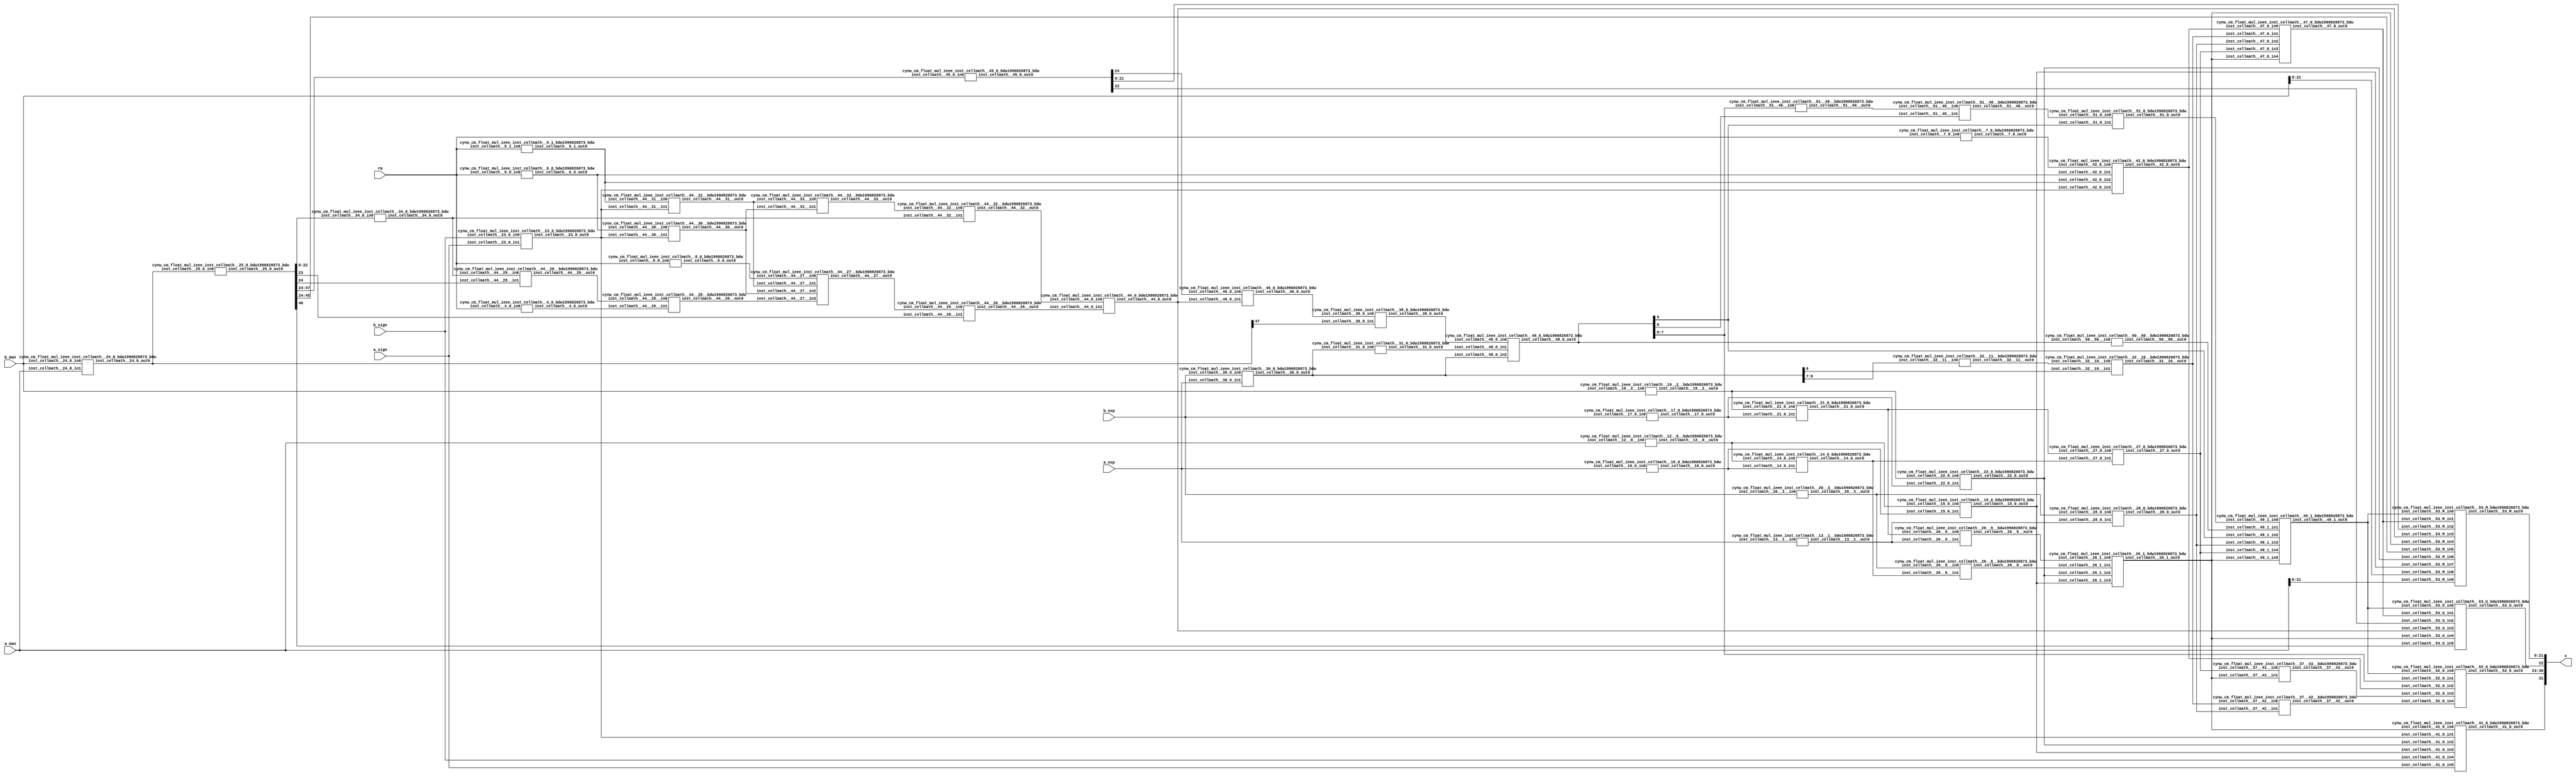
/*****************************************************************************
    Verilog Hierarchical RTL Description
    
    
    Created by: CellMath Designer 2019.1.01 
*******************************************************************************/

module fp_mul_cynw_cm_float_mul_ieee_E8_M23_0 (
	a_sign,
	a_exp,
	a_man,
	b_sign,
	b_exp,
	b_man,
	rm,
	x
	); /* architecture "behavioural" */ 
input  a_sign;
input [7:0] a_exp;
input [22:0] a_man;
input  b_sign;
input [7:0] b_exp;
input [22:0] b_man;
input [2:0] rm;
output [31:0] x;
wire [31:0] inst_cellmath__3;
wire  inst_cellmath__4,
	inst_cellmath__5,
	inst_cellmath__6,
	inst_cellmath__7,
	inst_cellmath__8,
	inst_cellmath__10,
	inst_cellmath__12,
	inst_cellmath__13,
	inst_cellmath__14,
	inst_cellmath__15,
	inst_cellmath__17,
	inst_cellmath__19,
	inst_cellmath__20,
	inst_cellmath__21,
	inst_cellmath__22,
	inst_cellmath__23;
wire [47:0] inst_cellmath__24,
	inst_cellmath__25;
wire  inst_cellmath__26,
	inst_cellmath__27,
	inst_cellmath__28;
wire [9:0] inst_cellmath__30,
	inst_cellmath__31;
wire  inst_cellmath__32,
	inst_cellmath__34,
	inst_cellmath__38,
	inst_cellmath__41,
	inst_cellmath__42,
	inst_cellmath__44;
wire [24:0] inst_cellmath__45;
wire  inst_cellmath__46,
	inst_cellmath__47;
wire [9:0] inst_cellmath__48;
wire  inst_cellmath__49,
	inst_cellmath__51;
wire [7:0] inst_cellmath__52;
wire [22:0] inst_cellmath__53;
wire [23:0] inst_cellmath__24__4,
	inst_cellmath__24__5;
wire [47:0] inst_cellmath__25__7;
wire [0:0] inst_cellmath__26__8,
	inst_cellmath__26__9,
	inst_cellmath__32__11,
	inst_cellmath__44__29,
	inst_cellmath__44__28,
	inst_cellmath__44__30,
	inst_cellmath__44__31,
	inst_cellmath__44__27,
	inst_cellmath__44__26,
	inst_cellmath__44__33,
	inst_cellmath__44__32;
wire [8:0] inst_cellmath__37__40;
wire [0:0] inst_cellmath__37__42,
	inst_cellmath__37__43,
	inst_cellmath__51__49,
	inst_cellmath__51__48,
	inst_cellmath__50__50;
wire [2:0] inst_cellmath__26_0;
wire [1:0] inst_cellmath__5_0;
wire [2:0] inst_cellmath__49_0;
wire [4:0] inst_cellmath__49_1_0;
wire [2:0] inst_cellmath__49_1_1;

assign inst_cellmath__24__4 = {1'B1,a_man};
cynw_cm_float_mul_ieee_inst_cellmath__17_0_bdw1990826873_bdw inst_cellmath__17_0_0(
	.inst_cellmath__17_0_out0(inst_cellmath__17),
	.inst_cellmath__17_0_in0(b_exp)
	) ;
cynw_cm_float_mul_ieee_inst_cellmath__19__2__bdw1990826873_bdw inst_cellmath__19__2__0(
	.inst_cellmath__19__2__out0(inst_cellmath__19),
	.inst_cellmath__19__2__in0(b_man)
	) ;
cynw_cm_float_mul_ieee_inst_cellmath__21_0_bdw1990826873_bdw inst_cellmath__21_0_0(
	.inst_cellmath__21_0_out0(inst_cellmath__21),
	.inst_cellmath__21_0_in0(inst_cellmath__19),
	.inst_cellmath__21_0_in1(inst_cellmath__17)
	) ;
cynw_cm_float_mul_ieee_inst_cellmath__13__1__bdw1990826873_bdw inst_cellmath__13__1__0(
	.inst_cellmath__13__1__out0(inst_cellmath__13),
	.inst_cellmath__13__1__in0(a_exp)
	) ;
cynw_cm_float_mul_ieee_inst_cellmath__26__9__bdw1990826873_bdw inst_cellmath__26__9__0(
	.inst_cellmath__26__9__out0(inst_cellmath__26__9),
	.inst_cellmath__26__9__in0(inst_cellmath__21),
	.inst_cellmath__26__9__in1(inst_cellmath__13)
	) ;
cynw_cm_float_mul_ieee_inst_cellmath__10_0_bdw1990826873_bdw inst_cellmath__10_0_0(
	.inst_cellmath__10_0_out0(inst_cellmath__10),
	.inst_cellmath__10_0_in0(a_exp)
	) ;
cynw_cm_float_mul_ieee_inst_cellmath__12__0__bdw1990826873_bdw inst_cellmath__12__0__0(
	.inst_cellmath__12__0__out0(inst_cellmath__12),
	.inst_cellmath__12__0__in0(a_man)
	) ;
cynw_cm_float_mul_ieee_inst_cellmath__14_0_bdw1990826873_bdw inst_cellmath__14_0_0(
	.inst_cellmath__14_0_out0(inst_cellmath__14),
	.inst_cellmath__14_0_in0(inst_cellmath__12),
	.inst_cellmath__14_0_in1(inst_cellmath__10)
	) ;
cynw_cm_float_mul_ieee_inst_cellmath__20__3__bdw1990826873_bdw inst_cellmath__20__3__0(
	.inst_cellmath__20__3__out0(inst_cellmath__20),
	.inst_cellmath__20__3__in0(b_exp)
	) ;
cynw_cm_float_mul_ieee_inst_cellmath__26__8__bdw1990826873_bdw inst_cellmath__26__8__0(
	.inst_cellmath__26__8__out0(inst_cellmath__26__8),
	.inst_cellmath__26__8__in0(inst_cellmath__20),
	.inst_cellmath__26__8__in1(inst_cellmath__14)
	) ;
cynw_cm_float_mul_ieee_inst_cellmath__15_0_bdw1990826873_bdw inst_cellmath__15_0_0(
	.inst_cellmath__15_0_out0(inst_cellmath__15),
	.inst_cellmath__15_0_in0(inst_cellmath__12),
	.inst_cellmath__15_0_in1(inst_cellmath__10)
	) ;
cynw_cm_float_mul_ieee_inst_cellmath__22_0_bdw1990826873_bdw inst_cellmath__22_0_0(
	.inst_cellmath__22_0_out0(inst_cellmath__22),
	.inst_cellmath__22_0_in0(inst_cellmath__19),
	.inst_cellmath__22_0_in1(inst_cellmath__17)
	) ;
cynw_cm_float_mul_ieee_inst_cellmath__26_1_bdw1990826873_bdw inst_cellmath__26_1_0(
	.inst_cellmath__26_1_out0(inst_cellmath__26),
	.inst_cellmath__26_1_in0(inst_cellmath__26__9),
	.inst_cellmath__26_1_in1(inst_cellmath__26__8),
	.inst_cellmath__26_1_in2(inst_cellmath__22),
	.inst_cellmath__26_1_in3(inst_cellmath__15)
	) ;

assign inst_cellmath__26_0 = {inst_cellmath__26,inst_cellmath__15,inst_cellmath__22};
cynw_cm_float_mul_ieee_inst_cellmath__23_0_bdw1990826873_bdw inst_cellmath__23_0_0(
	.inst_cellmath__23_0_out0(inst_cellmath__23),
	.inst_cellmath__23_0_in0(b_sign),
	.inst_cellmath__23_0_in1(a_sign)
	) ;
cynw_cm_float_mul_ieee_inst_cellmath__41_0_bdw1990826873_bdw inst_cellmath__41_0_0(
	.inst_cellmath__41_0_out0(inst_cellmath__41),
	.inst_cellmath__41_0_in0(inst_cellmath__26),
	.inst_cellmath__41_0_in1(inst_cellmath__23),
	.inst_cellmath__41_0_in2(inst_cellmath__22),
	.inst_cellmath__41_0_in3(inst_cellmath__15),
	.inst_cellmath__41_0_in4(b_sign),
	.inst_cellmath__41_0_in5(a_sign)
	) ;

assign inst_cellmath__24__5 = {1'B1,b_man};
cynw_cm_float_mul_ieee_inst_cellmath__24_0_bdw1990826873_bdw inst_cellmath__24_0_0(
	.inst_cellmath__24_0_out0(inst_cellmath__24),
	.inst_cellmath__24_0_in0(b_man),
	.inst_cellmath__24_0_in1(a_man)
	) ;

assign inst_cellmath__25__7 = {inst_cellmath__24[46:0],1'B0};
cynw_cm_float_mul_ieee_inst_cellmath__25_0_bdw1990826873_bdw inst_cellmath__25_0_0(
	.inst_cellmath__25_0_out0(inst_cellmath__25),
	.inst_cellmath__25_0_in0(inst_cellmath__24)
	) ;
cynw_cm_float_mul_ieee_inst_cellmath__45_0_bdw1990826873_bdw inst_cellmath__45_0_0(
	.inst_cellmath__45_0_out0(inst_cellmath__45),
	.inst_cellmath__45_0_in0(inst_cellmath__25[47:24])
	) ;
cynw_cm_float_mul_ieee_inst_cellmath__5_1_bdw1990826873_bdw inst_cellmath__5_1_0(
	.inst_cellmath__5_1_out0(inst_cellmath__5),
	.inst_cellmath__5_1_in0(rm)
	) ;
cynw_cm_float_mul_ieee_inst_cellmath__44__31__bdw1990826873_bdw inst_cellmath__44__31__0(
	.inst_cellmath__44__31__out0(inst_cellmath__44__31),
	.inst_cellmath__44__31__in0(inst_cellmath__5),
	.inst_cellmath__44__31__in1(inst_cellmath__23)
	) ;
cynw_cm_float_mul_ieee_inst_cellmath__6_0_bdw1990826873_bdw inst_cellmath__6_0_0(
	.inst_cellmath__6_0_out0(inst_cellmath__6),
	.inst_cellmath__6_0_in0(rm)
	) ;
cynw_cm_float_mul_ieee_inst_cellmath__44__30__bdw1990826873_bdw inst_cellmath__44__30__0(
	.inst_cellmath__44__30__out0(inst_cellmath__44__30),
	.inst_cellmath__44__30__in0(inst_cellmath__6),
	.inst_cellmath__44__30__in1(inst_cellmath__23)
	) ;
cynw_cm_float_mul_ieee_inst_cellmath__8_0_bdw1990826873_bdw inst_cellmath__8_0_0(
	.inst_cellmath__8_0_out0(inst_cellmath__8),
	.inst_cellmath__8_0_in0(rm)
	) ;
cynw_cm_float_mul_ieee_inst_cellmath__4_0_bdw1990826873_bdw inst_cellmath__4_0_0(
	.inst_cellmath__4_0_out0(inst_cellmath__4),
	.inst_cellmath__4_0_in0(rm)
	) ;
cynw_cm_float_mul_ieee_inst_cellmath__34_0_bdw1990826873_bdw inst_cellmath__34_0_0(
	.inst_cellmath__34_0_out0(inst_cellmath__34),
	.inst_cellmath__34_0_in0(inst_cellmath__25[22:0])
	) ;
cynw_cm_float_mul_ieee_inst_cellmath__44__29__bdw1990826873_bdw inst_cellmath__44__29__0(
	.inst_cellmath__44__29__out0(inst_cellmath__44__29),
	.inst_cellmath__44__29__in0(inst_cellmath__34),
	.inst_cellmath__44__29__in1(inst_cellmath__25[24])
	) ;
cynw_cm_float_mul_ieee_inst_cellmath__44__28__bdw1990826873_bdw inst_cellmath__44__28__0(
	.inst_cellmath__44__28__out0(inst_cellmath__44__28),
	.inst_cellmath__44__28__in0(inst_cellmath__44__29),
	.inst_cellmath__44__28__in1(inst_cellmath__4)
	) ;
cynw_cm_float_mul_ieee_inst_cellmath__44__27__bdw1990826873_bdw inst_cellmath__44__27__0(
	.inst_cellmath__44__27__out0(inst_cellmath__44__27),
	.inst_cellmath__44__27__in0(inst_cellmath__8),
	.inst_cellmath__44__27__in1(inst_cellmath__44__31),
	.inst_cellmath__44__27__in2(inst_cellmath__44__30),
	.inst_cellmath__44__27__in3(inst_cellmath__44__28)
	) ;
cynw_cm_float_mul_ieee_inst_cellmath__44__26__bdw1990826873_bdw inst_cellmath__44__26__0(
	.inst_cellmath__44__26__out0(inst_cellmath__44__26),
	.inst_cellmath__44__26__in0(inst_cellmath__44__27),
	.inst_cellmath__44__26__in1(inst_cellmath__25[23])
	) ;
cynw_cm_float_mul_ieee_inst_cellmath__44__33__bdw1990826873_bdw inst_cellmath__44__33__0(
	.inst_cellmath__44__33__out0(inst_cellmath__44__33),
	.inst_cellmath__44__33__in0(inst_cellmath__44__31),
	.inst_cellmath__44__33__in1(inst_cellmath__44__30)
	) ;
cynw_cm_float_mul_ieee_inst_cellmath__44__32__bdw1990826873_bdw inst_cellmath__44__32__0(
	.inst_cellmath__44__32__out0(inst_cellmath__44__32),
	.inst_cellmath__44__32__in0(inst_cellmath__44__33),
	.inst_cellmath__44__32__in1(inst_cellmath__34)
	) ;
cynw_cm_float_mul_ieee_inst_cellmath__44_0_bdw1990826873_bdw inst_cellmath__44_0_0(
	.inst_cellmath__44_0_out0(inst_cellmath__44),
	.inst_cellmath__44_0_in0(inst_cellmath__44__32),
	.inst_cellmath__44_0_in1(inst_cellmath__44__26)
	) ;
cynw_cm_float_mul_ieee_inst_cellmath__46_0_bdw1990826873_bdw inst_cellmath__46_0_0(
	.inst_cellmath__46_0_out0(inst_cellmath__46),
	.inst_cellmath__46_0_in0(inst_cellmath__45[24]),
	.inst_cellmath__46_0_in1(inst_cellmath__44)
	) ;
cynw_cm_float_mul_ieee_inst_cellmath__38_0_bdw1990826873_bdw inst_cellmath__38_0_0(
	.inst_cellmath__38_0_out0(inst_cellmath__38),
	.inst_cellmath__38_0_in0(inst_cellmath__46),
	.inst_cellmath__38_0_in1(inst_cellmath__24[47])
	) ;
cynw_cm_float_mul_ieee_inst_cellmath__30_0_bdw1990826873_bdw inst_cellmath__30_0_0(
	.inst_cellmath__30_0_out0(inst_cellmath__30),
	.inst_cellmath__30_0_in0(b_exp),
	.inst_cellmath__30_0_in1(a_exp)
	) ;
cynw_cm_float_mul_ieee_inst_cellmath__31_0_bdw1990826873_bdw inst_cellmath__31_0_0(
	.inst_cellmath__31_0_out0(inst_cellmath__31),
	.inst_cellmath__31_0_in0(inst_cellmath__30)
	) ;
cynw_cm_float_mul_ieee_inst_cellmath__48_0_bdw1990826873_bdw inst_cellmath__48_0_0(
	.inst_cellmath__48_0_out0(inst_cellmath__48),
	.inst_cellmath__48_0_in0(inst_cellmath__38),
	.inst_cellmath__48_0_in1(inst_cellmath__31),
	.inst_cellmath__48_0_in2(inst_cellmath__30)
	) ;
cynw_cm_float_mul_ieee_inst_cellmath__51__49__bdw1990826873_bdw inst_cellmath__51__49__0(
	.inst_cellmath__51__49__out0(inst_cellmath__51__49),
	.inst_cellmath__51__49__in0(inst_cellmath__48[7:0])
	) ;
cynw_cm_float_mul_ieee_inst_cellmath__51__48__bdw1990826873_bdw inst_cellmath__51__48__0(
	.inst_cellmath__51__48__out0(inst_cellmath__51__48),
	.inst_cellmath__51__48__in0(inst_cellmath__51__49),
	.inst_cellmath__51__48__in1(inst_cellmath__48[8])
	) ;
cynw_cm_float_mul_ieee_inst_cellmath__51_0_bdw1990826873_bdw inst_cellmath__51_0_0(
	.inst_cellmath__51_0_out0(inst_cellmath__51),
	.inst_cellmath__51_0_in0(inst_cellmath__51__48),
	.inst_cellmath__51_0_in1(inst_cellmath__48[9])
	) ;
cynw_cm_float_mul_ieee_inst_cellmath__28_0_bdw1990826873_bdw inst_cellmath__28_0_0(
	.inst_cellmath__28_0_out0(inst_cellmath__28),
	.inst_cellmath__28_0_in0(inst_cellmath__20),
	.inst_cellmath__28_0_in1(inst_cellmath__13)
	) ;
cynw_cm_float_mul_ieee_inst_cellmath__27_0_bdw1990826873_bdw inst_cellmath__27_0_0(
	.inst_cellmath__27_0_out0(inst_cellmath__27),
	.inst_cellmath__27_0_in0(inst_cellmath__21),
	.inst_cellmath__27_0_in1(inst_cellmath__14)
	) ;
cynw_cm_float_mul_ieee_inst_cellmath__50__50__bdw1990826873_bdw inst_cellmath__50__50__0(
	.inst_cellmath__50__50__out0(inst_cellmath__50__50),
	.inst_cellmath__50__50__in0(inst_cellmath__48)
	) ;
cynw_cm_float_mul_ieee_inst_cellmath__49_1_bdw1990826873_bdw inst_cellmath__49_1_2(
	.inst_cellmath__49_1_out0(inst_cellmath__49),
	.inst_cellmath__49_1_in0(inst_cellmath__51),
	.inst_cellmath__49_1_in1(inst_cellmath__50__50),
	.inst_cellmath__49_1_in2(inst_cellmath__48[9]),
	.inst_cellmath__49_1_in3(inst_cellmath__28),
	.inst_cellmath__49_1_in4(inst_cellmath__27),
	.inst_cellmath__49_1_in5(inst_cellmath__26)
	) ;
cynw_cm_float_mul_ieee_inst_cellmath__37__43__bdw1990826873_bdw inst_cellmath__37__43__0(
	.inst_cellmath__37__43__out0(inst_cellmath__37__43),
	.inst_cellmath__37__43__in0(inst_cellmath__27),
	.inst_cellmath__37__43__in1(inst_cellmath__26)
	) ;
cynw_cm_float_mul_ieee_inst_cellmath__32__11__bdw1990826873_bdw inst_cellmath__32__11__0(
	.inst_cellmath__32__11__out0(inst_cellmath__32__11),
	.inst_cellmath__32__11__in0(inst_cellmath__30[8:7])
	) ;
cynw_cm_float_mul_ieee_inst_cellmath__32__10__bdw1990826873_bdw inst_cellmath__32__10__0(
	.inst_cellmath__32__10__out0(inst_cellmath__32),
	.inst_cellmath__32__10__in0(inst_cellmath__32__11),
	.inst_cellmath__32__10__in1(inst_cellmath__30[9])
	) ;
cynw_cm_float_mul_ieee_inst_cellmath__37__42__bdw1990826873_bdw inst_cellmath__37__42__0(
	.inst_cellmath__37__42__out0(inst_cellmath__37__42),
	.inst_cellmath__37__42__in0(inst_cellmath__32),
	.inst_cellmath__37__42__in1(inst_cellmath__28)
	) ;

assign inst_cellmath__49_0 = {inst_cellmath__49,inst_cellmath__37__43,inst_cellmath__37__42};

assign inst_cellmath__5_0 = {inst_cellmath__5,inst_cellmath__6};
cynw_cm_float_mul_ieee_inst_cellmath__7_0_bdw1990826873_bdw inst_cellmath__7_0_0(
	.inst_cellmath__7_0_out0(inst_cellmath__7),
	.inst_cellmath__7_0_in0(rm)
	) ;
cynw_cm_float_mul_ieee_inst_cellmath__42_0_bdw1990826873_bdw inst_cellmath__42_0_0(
	.inst_cellmath__42_0_out0(inst_cellmath__42),
	.inst_cellmath__42_0_in0(inst_cellmath__7),
	.inst_cellmath__42_0_in1(inst_cellmath__6),
	.inst_cellmath__42_0_in2(inst_cellmath__5),
	.inst_cellmath__42_0_in3(inst_cellmath__23)
	) ;

assign inst_cellmath__37__40[7:0] = {7'B1111111,inst_cellmath__42};
cynw_cm_float_mul_ieee_inst_cellmath__52_0_bdw1990826873_bdw inst_cellmath__52_0_0(
	.inst_cellmath__52_0_out0(inst_cellmath__52),
	.inst_cellmath__52_0_in0(inst_cellmath__49),
	.inst_cellmath__52_0_in1(inst_cellmath__48[7:0]),
	.inst_cellmath__52_0_in2(inst_cellmath__42),
	.inst_cellmath__52_0_in3(inst_cellmath__37__43),
	.inst_cellmath__52_0_in4(inst_cellmath__37__42)
	) ;

assign inst_cellmath__49_1_1 = {inst_cellmath__49,inst_cellmath__44,inst_cellmath__26};
cynw_cm_float_mul_ieee_inst_cellmath__47_0_bdw1990826873_bdw inst_cellmath__47_0_0(
	.inst_cellmath__47_0_out0(inst_cellmath__47),
	.inst_cellmath__47_0_in0(inst_cellmath__42),
	.inst_cellmath__47_0_in1(inst_cellmath__32),
	.inst_cellmath__47_0_in2(inst_cellmath__28),
	.inst_cellmath__47_0_in3(inst_cellmath__27),
	.inst_cellmath__47_0_in4(inst_cellmath__26)
	) ;
cynw_cm_float_mul_ieee_inst_cellmath__53_U_bdw1990826873_bdw inst_cellmath__53_U_0(
	.inst_cellmath__53_U_out0(inst_cellmath__53[22]),
	.inst_cellmath__53_U_in0(inst_cellmath__49),
	.inst_cellmath__53_U_in1(inst_cellmath__47),
	.inst_cellmath__53_U_in2(inst_cellmath__45[22]),
	.inst_cellmath__53_U_in3(inst_cellmath__44),
	.inst_cellmath__53_U_in4(inst_cellmath__26),
	.inst_cellmath__53_U_in5(inst_cellmath__25[46])
	) ;

assign inst_cellmath__49_1_0 = {inst_cellmath__49,inst_cellmath__44,inst_cellmath__26,inst_cellmath__15,inst_cellmath__22};
cynw_cm_float_mul_ieee_inst_cellmath__53_M_bdw1990826873_bdw inst_cellmath__53_M_0(
	.inst_cellmath__53_M_out0(inst_cellmath__53[21:0]),
	.inst_cellmath__53_M_in0(inst_cellmath__49),
	.inst_cellmath__53_M_in1(inst_cellmath__47),
	.inst_cellmath__53_M_in2(inst_cellmath__45[21:0]),
	.inst_cellmath__53_M_in3(inst_cellmath__44),
	.inst_cellmath__53_M_in4(inst_cellmath__26),
	.inst_cellmath__53_M_in5(inst_cellmath__25[45:24]),
	.inst_cellmath__53_M_in6(inst_cellmath__22),
	.inst_cellmath__53_M_in7(inst_cellmath__15),
	.inst_cellmath__53_M_in8(b_man[21:0]),
	.inst_cellmath__53_M_in9(a_man[21:0])
	) ;

assign inst_cellmath__3 = {inst_cellmath__41,inst_cellmath__52,inst_cellmath__53};

assign x = inst_cellmath__3;
endmodule

module cynw_cm_float_mul_ieee_inst_cellmath__17_0_bdw1990826873_bdw (
	inst_cellmath__17_0_out0,
	inst_cellmath__17_0_in0
	); /* architecture "behavioural" */ 
output  inst_cellmath__17_0_out0;
input [7:0] inst_cellmath__17_0_in0;

assign inst_cellmath__17_0_out0 = 
	(inst_cellmath__17_0_in0[0])
	&(inst_cellmath__17_0_in0[1])
	&(inst_cellmath__17_0_in0[2])
	&(inst_cellmath__17_0_in0[3])
	&(inst_cellmath__17_0_in0[4])
	&(inst_cellmath__17_0_in0[5])
	&(inst_cellmath__17_0_in0[6])
	&(inst_cellmath__17_0_in0[7]);
endmodule

module cynw_cm_float_mul_ieee_inst_cellmath__19__2__bdw1990826873_bdw (
	inst_cellmath__19__2__out0,
	inst_cellmath__19__2__in0
	); /* architecture "behavioural" */ 
output  inst_cellmath__19__2__out0;
input [22:0] inst_cellmath__19__2__in0;

assign inst_cellmath__19__2__out0 = ~(
	(inst_cellmath__19__2__in0[0])
	|(inst_cellmath__19__2__in0[1])
	|(inst_cellmath__19__2__in0[2])
	|(inst_cellmath__19__2__in0[3])
	|(inst_cellmath__19__2__in0[4])
	|(inst_cellmath__19__2__in0[5])
	|(inst_cellmath__19__2__in0[6])
	|(inst_cellmath__19__2__in0[7])
	|(inst_cellmath__19__2__in0[8])
	|(inst_cellmath__19__2__in0[9])
	|(inst_cellmath__19__2__in0[10])
	|(inst_cellmath__19__2__in0[11])
	|(inst_cellmath__19__2__in0[12])
	|(inst_cellmath__19__2__in0[13])
	|(inst_cellmath__19__2__in0[14])
	|(inst_cellmath__19__2__in0[15])
	|(inst_cellmath__19__2__in0[16])
	|(inst_cellmath__19__2__in0[17])
	|(inst_cellmath__19__2__in0[18])
	|(inst_cellmath__19__2__in0[19])
	|(inst_cellmath__19__2__in0[20])
	|(inst_cellmath__19__2__in0[21])
	|(inst_cellmath__19__2__in0[22]));
endmodule

module cynw_cm_float_mul_ieee_inst_cellmath__21_0_bdw1990826873_bdw (
	inst_cellmath__21_0_out0,
	inst_cellmath__21_0_in0,
	inst_cellmath__21_0_in1
	); /* architecture "behavioural" */ 
output  inst_cellmath__21_0_out0;
input  inst_cellmath__21_0_in0,
	inst_cellmath__21_0_in1;

assign inst_cellmath__21_0_out0 = 
	(inst_cellmath__21_0_in1)
	&(inst_cellmath__21_0_in0);
endmodule

module cynw_cm_float_mul_ieee_inst_cellmath__13__1__bdw1990826873_bdw (
	inst_cellmath__13__1__out0,
	inst_cellmath__13__1__in0
	); /* architecture "behavioural" */ 
output  inst_cellmath__13__1__out0;
input [7:0] inst_cellmath__13__1__in0;

assign inst_cellmath__13__1__out0 = ~(
	(inst_cellmath__13__1__in0[0])
	|(inst_cellmath__13__1__in0[1])
	|(inst_cellmath__13__1__in0[2])
	|(inst_cellmath__13__1__in0[3])
	|(inst_cellmath__13__1__in0[4])
	|(inst_cellmath__13__1__in0[5])
	|(inst_cellmath__13__1__in0[6])
	|(inst_cellmath__13__1__in0[7]));
endmodule

module cynw_cm_float_mul_ieee_inst_cellmath__26__9__bdw1990826873_bdw (
	inst_cellmath__26__9__out0,
	inst_cellmath__26__9__in0,
	inst_cellmath__26__9__in1
	); /* architecture "behavioural" */ 
output [0:0] inst_cellmath__26__9__out0;
input  inst_cellmath__26__9__in0,
	inst_cellmath__26__9__in1;

assign inst_cellmath__26__9__out0 = 
	(inst_cellmath__26__9__in0)
	&(inst_cellmath__26__9__in1);
endmodule

module cynw_cm_float_mul_ieee_inst_cellmath__10_0_bdw1990826873_bdw (
	inst_cellmath__10_0_out0,
	inst_cellmath__10_0_in0
	); /* architecture "behavioural" */ 
output  inst_cellmath__10_0_out0;
input [7:0] inst_cellmath__10_0_in0;

assign inst_cellmath__10_0_out0 = 
	(inst_cellmath__10_0_in0[0])
	&(inst_cellmath__10_0_in0[1])
	&(inst_cellmath__10_0_in0[2])
	&(inst_cellmath__10_0_in0[3])
	&(inst_cellmath__10_0_in0[4])
	&(inst_cellmath__10_0_in0[5])
	&(inst_cellmath__10_0_in0[6])
	&(inst_cellmath__10_0_in0[7]);
endmodule

module cynw_cm_float_mul_ieee_inst_cellmath__12__0__bdw1990826873_bdw (
	inst_cellmath__12__0__out0,
	inst_cellmath__12__0__in0
	); /* architecture "behavioural" */ 
output  inst_cellmath__12__0__out0;
input [22:0] inst_cellmath__12__0__in0;

assign inst_cellmath__12__0__out0 = ~(
	(inst_cellmath__12__0__in0[0])
	|(inst_cellmath__12__0__in0[1])
	|(inst_cellmath__12__0__in0[2])
	|(inst_cellmath__12__0__in0[3])
	|(inst_cellmath__12__0__in0[4])
	|(inst_cellmath__12__0__in0[5])
	|(inst_cellmath__12__0__in0[6])
	|(inst_cellmath__12__0__in0[7])
	|(inst_cellmath__12__0__in0[8])
	|(inst_cellmath__12__0__in0[9])
	|(inst_cellmath__12__0__in0[10])
	|(inst_cellmath__12__0__in0[11])
	|(inst_cellmath__12__0__in0[12])
	|(inst_cellmath__12__0__in0[13])
	|(inst_cellmath__12__0__in0[14])
	|(inst_cellmath__12__0__in0[15])
	|(inst_cellmath__12__0__in0[16])
	|(inst_cellmath__12__0__in0[17])
	|(inst_cellmath__12__0__in0[18])
	|(inst_cellmath__12__0__in0[19])
	|(inst_cellmath__12__0__in0[20])
	|(inst_cellmath__12__0__in0[21])
	|(inst_cellmath__12__0__in0[22]));
endmodule

module cynw_cm_float_mul_ieee_inst_cellmath__14_0_bdw1990826873_bdw (
	inst_cellmath__14_0_out0,
	inst_cellmath__14_0_in0,
	inst_cellmath__14_0_in1
	); /* architecture "behavioural" */ 
output  inst_cellmath__14_0_out0;
input  inst_cellmath__14_0_in0,
	inst_cellmath__14_0_in1;

assign inst_cellmath__14_0_out0 = 
	(inst_cellmath__14_0_in1)
	&(inst_cellmath__14_0_in0);
endmodule

module cynw_cm_float_mul_ieee_inst_cellmath__20__3__bdw1990826873_bdw (
	inst_cellmath__20__3__out0,
	inst_cellmath__20__3__in0
	); /* architecture "behavioural" */ 
output  inst_cellmath__20__3__out0;
input [7:0] inst_cellmath__20__3__in0;

assign inst_cellmath__20__3__out0 = ~(
	(inst_cellmath__20__3__in0[0])
	|(inst_cellmath__20__3__in0[1])
	|(inst_cellmath__20__3__in0[2])
	|(inst_cellmath__20__3__in0[3])
	|(inst_cellmath__20__3__in0[4])
	|(inst_cellmath__20__3__in0[5])
	|(inst_cellmath__20__3__in0[6])
	|(inst_cellmath__20__3__in0[7]));
endmodule

module cynw_cm_float_mul_ieee_inst_cellmath__26__8__bdw1990826873_bdw (
	inst_cellmath__26__8__out0,
	inst_cellmath__26__8__in0,
	inst_cellmath__26__8__in1
	); /* architecture "behavioural" */ 
output [0:0] inst_cellmath__26__8__out0;
input  inst_cellmath__26__8__in0,
	inst_cellmath__26__8__in1;

assign inst_cellmath__26__8__out0 = 
	(inst_cellmath__26__8__in1)
	&(inst_cellmath__26__8__in0);
endmodule

module cynw_cm_float_mul_ieee_inst_cellmath__15_0_bdw1990826873_bdw (
	inst_cellmath__15_0_out0,
	inst_cellmath__15_0_in0,
	inst_cellmath__15_0_in1
	); /* architecture "behavioural" */ 
output  inst_cellmath__15_0_out0;
input  inst_cellmath__15_0_in0,
	inst_cellmath__15_0_in1;

assign inst_cellmath__15_0_out0 = 
	(inst_cellmath__15_0_in1)
	&((~inst_cellmath__15_0_in0));
endmodule

module cynw_cm_float_mul_ieee_inst_cellmath__22_0_bdw1990826873_bdw (
	inst_cellmath__22_0_out0,
	inst_cellmath__22_0_in0,
	inst_cellmath__22_0_in1
	); /* architecture "behavioural" */ 
output  inst_cellmath__22_0_out0;
input  inst_cellmath__22_0_in0,
	inst_cellmath__22_0_in1;

assign inst_cellmath__22_0_out0 = 
	(inst_cellmath__22_0_in1)
	&((~inst_cellmath__22_0_in0));
endmodule

module cynw_cm_float_mul_ieee_inst_cellmath__26_1_bdw1990826873_bdw (
	inst_cellmath__26_1_out0,
	inst_cellmath__26_1_in0,
	inst_cellmath__26_1_in1,
	inst_cellmath__26_1_in2,
	inst_cellmath__26_1_in3
	); /* architecture "behavioural" */ 
output  inst_cellmath__26_1_out0;
input [0:0] inst_cellmath__26_1_in0,
	inst_cellmath__26_1_in1;
input  inst_cellmath__26_1_in2,
	inst_cellmath__26_1_in3;

assign inst_cellmath__26_1_out0 = 
	(inst_cellmath__26_1_in0)
	|(inst_cellmath__26_1_in1)
	|(inst_cellmath__26_1_in3)
	|(inst_cellmath__26_1_in2);
endmodule

module cynw_cm_float_mul_ieee_inst_cellmath__23_0_bdw1990826873_bdw (
	inst_cellmath__23_0_out0,
	inst_cellmath__23_0_in0,
	inst_cellmath__23_0_in1
	); /* architecture "behavioural" */ 
output  inst_cellmath__23_0_out0;
input  inst_cellmath__23_0_in0,
	inst_cellmath__23_0_in1;

assign inst_cellmath__23_0_out0 = 
	(inst_cellmath__23_0_in1)
	^(inst_cellmath__23_0_in0);
endmodule

module cynw_cm_float_mul_ieee_inst_cellmath__41_0_bdw1990826873_bdw (
	inst_cellmath__41_0_out0,
	inst_cellmath__41_0_in0,
	inst_cellmath__41_0_in1,
	inst_cellmath__41_0_in2,
	inst_cellmath__41_0_in3,
	inst_cellmath__41_0_in4,
	inst_cellmath__41_0_in5
	); /* architecture "behavioural" */ 
output  inst_cellmath__41_0_out0;
input  inst_cellmath__41_0_in0,
	inst_cellmath__41_0_in1,
	inst_cellmath__41_0_in2,
	inst_cellmath__41_0_in3,
	inst_cellmath__41_0_in4,
	inst_cellmath__41_0_in5;
wire [2:0] inst_cellmath__26_0;

assign inst_cellmath__26_0 = {inst_cellmath__41_0_in0,inst_cellmath__41_0_in3,inst_cellmath__41_0_in2};

reg [0:0] inst_cellmath__41_0_out0_tmp_0;
assign inst_cellmath__41_0_out0 = inst_cellmath__41_0_out0_tmp_0;
always @ (inst_cellmath__26_0 or inst_cellmath__41_0_in1 or inst_cellmath__41_0_in4 or inst_cellmath__41_0_in5) begin
	casez (inst_cellmath__26_0)
		3'B0?? : inst_cellmath__41_0_out0_tmp_0 = inst_cellmath__41_0_in1 ;
		3'B100 : inst_cellmath__41_0_out0_tmp_0 = 1'B1 ;
		3'B101 : inst_cellmath__41_0_out0_tmp_0 = inst_cellmath__41_0_in4 ;
		default : inst_cellmath__41_0_out0_tmp_0 = inst_cellmath__41_0_in5 ;
	endcase
end
endmodule

module cynw_cm_float_mul_ieee_inst_cellmath__24_0_bdw1990826873_bdw (
	inst_cellmath__24_0_out0,
	inst_cellmath__24_0_in0,
	inst_cellmath__24_0_in1
	); /* architecture "behavioural" */ 
output [47:0] inst_cellmath__24_0_out0;
input [22:0] inst_cellmath__24_0_in0,
	inst_cellmath__24_0_in1;
wire [23:0] inst_cellmath__24__4,
	inst_cellmath__24__5;

assign inst_cellmath__24__4 = {1'B1,inst_cellmath__24_0_in1};

assign inst_cellmath__24__5 = {1'B1,inst_cellmath__24_0_in0};

assign inst_cellmath__24_0_out0 = 
	+(inst_cellmath__24__4 * inst_cellmath__24__5);
endmodule

module cynw_cm_float_mul_ieee_inst_cellmath__25_0_bdw1990826873_bdw (
	inst_cellmath__25_0_out0,
	inst_cellmath__25_0_in0
	); /* architecture "behavioural" */ 
output [47:0] inst_cellmath__25_0_out0;
input [47:0] inst_cellmath__25_0_in0;
wire [47:0] inst_cellmath__25__7;

assign inst_cellmath__25__7 = {inst_cellmath__25_0_in0[46:0],1'B0};

reg [47:0] inst_cellmath__25_0_out0_tmp_0;
assign inst_cellmath__25_0_out0 = inst_cellmath__25_0_out0_tmp_0;
always @ (inst_cellmath__25_0_in0[47] or inst_cellmath__25__7 or inst_cellmath__25_0_in0) begin
	case (inst_cellmath__25_0_in0[47])
		1'B0 : inst_cellmath__25_0_out0_tmp_0 = inst_cellmath__25__7 ;
		default : inst_cellmath__25_0_out0_tmp_0 = inst_cellmath__25_0_in0 ;
	endcase
end
endmodule

module cynw_cm_float_mul_ieee_inst_cellmath__45_0_bdw1990826873_bdw (
	inst_cellmath__45_0_out0,
	inst_cellmath__45_0_in0
	); /* architecture "behavioural" */ 
output [24:0] inst_cellmath__45_0_out0;
input [47:24] inst_cellmath__45_0_in0;

assign inst_cellmath__45_0_out0 = 
	+(inst_cellmath__45_0_in0)
	+(25'B0000000000000000000000001);
endmodule

module cynw_cm_float_mul_ieee_inst_cellmath__5_1_bdw1990826873_bdw (
	inst_cellmath__5_1_out0,
	inst_cellmath__5_1_in0
	); /* architecture "behavioural" */ 
output  inst_cellmath__5_1_out0;
input [2:0] inst_cellmath__5_1_in0;

assign inst_cellmath__5_1_out0 = (6'B000000==(inst_cellmath__5_1_in0 - 6'B000001));
endmodule

module cynw_cm_float_mul_ieee_inst_cellmath__44__31__bdw1990826873_bdw (
	inst_cellmath__44__31__out0,
	inst_cellmath__44__31__in0,
	inst_cellmath__44__31__in1
	); /* architecture "behavioural" */ 
output [0:0] inst_cellmath__44__31__out0;
input  inst_cellmath__44__31__in0,
	inst_cellmath__44__31__in1;

assign inst_cellmath__44__31__out0 = 
	(inst_cellmath__44__31__in0)
	&((~inst_cellmath__44__31__in1));
endmodule

module cynw_cm_float_mul_ieee_inst_cellmath__6_0_bdw1990826873_bdw (
	inst_cellmath__6_0_out0,
	inst_cellmath__6_0_in0
	); /* architecture "behavioural" */ 
output  inst_cellmath__6_0_out0;
input [2:0] inst_cellmath__6_0_in0;

assign inst_cellmath__6_0_out0 = (7'B0000001==(inst_cellmath__6_0_in0 - 7'B0000001));
endmodule

module cynw_cm_float_mul_ieee_inst_cellmath__44__30__bdw1990826873_bdw (
	inst_cellmath__44__30__out0,
	inst_cellmath__44__30__in0,
	inst_cellmath__44__30__in1
	); /* architecture "behavioural" */ 
output [0:0] inst_cellmath__44__30__out0;
input  inst_cellmath__44__30__in0,
	inst_cellmath__44__30__in1;

assign inst_cellmath__44__30__out0 = 
	(inst_cellmath__44__30__in0)
	&(inst_cellmath__44__30__in1);
endmodule

module cynw_cm_float_mul_ieee_inst_cellmath__8_0_bdw1990826873_bdw (
	inst_cellmath__8_0_out0,
	inst_cellmath__8_0_in0
	); /* architecture "behavioural" */ 
output  inst_cellmath__8_0_out0;
input [2:0] inst_cellmath__8_0_in0;

assign inst_cellmath__8_0_out0 = (7'B0000011==(inst_cellmath__8_0_in0 - 7'B0000001));
endmodule

module cynw_cm_float_mul_ieee_inst_cellmath__4_0_bdw1990826873_bdw (
	inst_cellmath__4_0_out0,
	inst_cellmath__4_0_in0
	); /* architecture "behavioural" */ 
output  inst_cellmath__4_0_out0;
input [2:0] inst_cellmath__4_0_in0;

assign inst_cellmath__4_0_out0 = (7'B0000000==inst_cellmath__4_0_in0);
endmodule

module cynw_cm_float_mul_ieee_inst_cellmath__34_0_bdw1990826873_bdw (
	inst_cellmath__34_0_out0,
	inst_cellmath__34_0_in0
	); /* architecture "behavioural" */ 
output  inst_cellmath__34_0_out0;
input [22:0] inst_cellmath__34_0_in0;

assign inst_cellmath__34_0_out0 = 
	(inst_cellmath__34_0_in0[0])
	|(inst_cellmath__34_0_in0[1])
	|(inst_cellmath__34_0_in0[2])
	|(inst_cellmath__34_0_in0[3])
	|(inst_cellmath__34_0_in0[4])
	|(inst_cellmath__34_0_in0[5])
	|(inst_cellmath__34_0_in0[6])
	|(inst_cellmath__34_0_in0[7])
	|(inst_cellmath__34_0_in0[8])
	|(inst_cellmath__34_0_in0[9])
	|(inst_cellmath__34_0_in0[10])
	|(inst_cellmath__34_0_in0[11])
	|(inst_cellmath__34_0_in0[12])
	|(inst_cellmath__34_0_in0[13])
	|(inst_cellmath__34_0_in0[14])
	|(inst_cellmath__34_0_in0[15])
	|(inst_cellmath__34_0_in0[16])
	|(inst_cellmath__34_0_in0[17])
	|(inst_cellmath__34_0_in0[18])
	|(inst_cellmath__34_0_in0[19])
	|(inst_cellmath__34_0_in0[20])
	|(inst_cellmath__34_0_in0[21])
	|(inst_cellmath__34_0_in0[22]);
endmodule

module cynw_cm_float_mul_ieee_inst_cellmath__44__29__bdw1990826873_bdw (
	inst_cellmath__44__29__out0,
	inst_cellmath__44__29__in0,
	inst_cellmath__44__29__in1
	); /* architecture "behavioural" */ 
output [0:0] inst_cellmath__44__29__out0;
input  inst_cellmath__44__29__in0;
input [24:24] inst_cellmath__44__29__in1;

assign inst_cellmath__44__29__out0 = 
	(inst_cellmath__44__29__in0)
	|(inst_cellmath__44__29__in1);
endmodule

module cynw_cm_float_mul_ieee_inst_cellmath__44__28__bdw1990826873_bdw (
	inst_cellmath__44__28__out0,
	inst_cellmath__44__28__in0,
	inst_cellmath__44__28__in1
	); /* architecture "behavioural" */ 
output [0:0] inst_cellmath__44__28__out0;
input [0:0] inst_cellmath__44__28__in0;
input  inst_cellmath__44__28__in1;

assign inst_cellmath__44__28__out0 = 
	(inst_cellmath__44__28__in1)
	&(inst_cellmath__44__28__in0);
endmodule

module cynw_cm_float_mul_ieee_inst_cellmath__44__27__bdw1990826873_bdw (
	inst_cellmath__44__27__out0,
	inst_cellmath__44__27__in0,
	inst_cellmath__44__27__in1,
	inst_cellmath__44__27__in2,
	inst_cellmath__44__27__in3
	); /* architecture "behavioural" */ 
output [0:0] inst_cellmath__44__27__out0;
input  inst_cellmath__44__27__in0;
input [0:0] inst_cellmath__44__27__in1,
	inst_cellmath__44__27__in2,
	inst_cellmath__44__27__in3;

assign inst_cellmath__44__27__out0 = 
	(inst_cellmath__44__27__in1)
	|(inst_cellmath__44__27__in2)
	|(inst_cellmath__44__27__in0)
	|(inst_cellmath__44__27__in3);
endmodule

module cynw_cm_float_mul_ieee_inst_cellmath__44__26__bdw1990826873_bdw (
	inst_cellmath__44__26__out0,
	inst_cellmath__44__26__in0,
	inst_cellmath__44__26__in1
	); /* architecture "behavioural" */ 
output [0:0] inst_cellmath__44__26__out0;
input [0:0] inst_cellmath__44__26__in0;
input [23:23] inst_cellmath__44__26__in1;

assign inst_cellmath__44__26__out0 = 
	(inst_cellmath__44__26__in1)
	&(inst_cellmath__44__26__in0);
endmodule

module cynw_cm_float_mul_ieee_inst_cellmath__44__33__bdw1990826873_bdw (
	inst_cellmath__44__33__out0,
	inst_cellmath__44__33__in0,
	inst_cellmath__44__33__in1
	); /* architecture "behavioural" */ 
output [0:0] inst_cellmath__44__33__out0;
input [0:0] inst_cellmath__44__33__in0,
	inst_cellmath__44__33__in1;

assign inst_cellmath__44__33__out0 = 
	(inst_cellmath__44__33__in1)
	|(inst_cellmath__44__33__in0);
endmodule

module cynw_cm_float_mul_ieee_inst_cellmath__44__32__bdw1990826873_bdw (
	inst_cellmath__44__32__out0,
	inst_cellmath__44__32__in0,
	inst_cellmath__44__32__in1
	); /* architecture "behavioural" */ 
output [0:0] inst_cellmath__44__32__out0;
input [0:0] inst_cellmath__44__32__in0;
input  inst_cellmath__44__32__in1;

assign inst_cellmath__44__32__out0 = 
	(inst_cellmath__44__32__in1)
	&(inst_cellmath__44__32__in0);
endmodule

module cynw_cm_float_mul_ieee_inst_cellmath__44_0_bdw1990826873_bdw (
	inst_cellmath__44_0_out0,
	inst_cellmath__44_0_in0,
	inst_cellmath__44_0_in1
	); /* architecture "behavioural" */ 
output  inst_cellmath__44_0_out0;
input [0:0] inst_cellmath__44_0_in0,
	inst_cellmath__44_0_in1;

assign inst_cellmath__44_0_out0 = 
	(inst_cellmath__44_0_in1)
	|(inst_cellmath__44_0_in0);
endmodule

module cynw_cm_float_mul_ieee_inst_cellmath__46_0_bdw1990826873_bdw (
	inst_cellmath__46_0_out0,
	inst_cellmath__46_0_in0,
	inst_cellmath__46_0_in1
	); /* architecture "behavioural" */ 
output  inst_cellmath__46_0_out0;
input [24:24] inst_cellmath__46_0_in0;
input  inst_cellmath__46_0_in1;

assign inst_cellmath__46_0_out0 = 
	(inst_cellmath__46_0_in0)
	&(inst_cellmath__46_0_in1);
endmodule

module cynw_cm_float_mul_ieee_inst_cellmath__38_0_bdw1990826873_bdw (
	inst_cellmath__38_0_out0,
	inst_cellmath__38_0_in0,
	inst_cellmath__38_0_in1
	); /* architecture "behavioural" */ 
output  inst_cellmath__38_0_out0;
input  inst_cellmath__38_0_in0;
input [47:47] inst_cellmath__38_0_in1;

assign inst_cellmath__38_0_out0 = 
	(inst_cellmath__38_0_in1)
	|(inst_cellmath__38_0_in0);
endmodule

module cynw_cm_float_mul_ieee_inst_cellmath__30_0_bdw1990826873_bdw (
	inst_cellmath__30_0_out0,
	inst_cellmath__30_0_in0,
	inst_cellmath__30_0_in1
	); /* architecture "behavioural" */ 
output [9:0] inst_cellmath__30_0_out0;
input [7:0] inst_cellmath__30_0_in0,
	inst_cellmath__30_0_in1;

wire [9:0] inst_cellmath__30_0_out0_tmp_0;
assign inst_cellmath__30_0_out0_tmp_0 = 
	+(inst_cellmath__30_0_in1)
	+(inst_cellmath__30_0_in0);
assign inst_cellmath__30_0_out0 = inst_cellmath__30_0_out0_tmp_0
	-(10'B0001111111);
endmodule

module cynw_cm_float_mul_ieee_inst_cellmath__31_0_bdw1990826873_bdw (
	inst_cellmath__31_0_out0,
	inst_cellmath__31_0_in0
	); /* architecture "behavioural" */ 
output [9:0] inst_cellmath__31_0_out0;
input [9:0] inst_cellmath__31_0_in0;

assign inst_cellmath__31_0_out0 = 
	+(inst_cellmath__31_0_in0)
	+(10'B0000000001);
endmodule

module cynw_cm_float_mul_ieee_inst_cellmath__48_0_bdw1990826873_bdw (
	inst_cellmath__48_0_out0,
	inst_cellmath__48_0_in0,
	inst_cellmath__48_0_in1,
	inst_cellmath__48_0_in2
	); /* architecture "behavioural" */ 
output [9:0] inst_cellmath__48_0_out0;
input  inst_cellmath__48_0_in0;
input [9:0] inst_cellmath__48_0_in1,
	inst_cellmath__48_0_in2;

reg [9:0] inst_cellmath__48_0_out0_tmp_0;
assign inst_cellmath__48_0_out0 = inst_cellmath__48_0_out0_tmp_0;
always @ (inst_cellmath__48_0_in0 or inst_cellmath__48_0_in2 or inst_cellmath__48_0_in1) begin
	case (inst_cellmath__48_0_in0)
		1'B0 : inst_cellmath__48_0_out0_tmp_0 = inst_cellmath__48_0_in2 ;
		default : inst_cellmath__48_0_out0_tmp_0 = inst_cellmath__48_0_in1 ;
	endcase
end
endmodule

module cynw_cm_float_mul_ieee_inst_cellmath__51__49__bdw1990826873_bdw (
	inst_cellmath__51__49__out0,
	inst_cellmath__51__49__in0
	); /* architecture "behavioural" */ 
output [0:0] inst_cellmath__51__49__out0;
input [7:0] inst_cellmath__51__49__in0;

assign inst_cellmath__51__49__out0 = 
	(inst_cellmath__51__49__in0[0])
	&(inst_cellmath__51__49__in0[1])
	&(inst_cellmath__51__49__in0[2])
	&(inst_cellmath__51__49__in0[3])
	&(inst_cellmath__51__49__in0[4])
	&(inst_cellmath__51__49__in0[5])
	&(inst_cellmath__51__49__in0[6])
	&(inst_cellmath__51__49__in0[7]);
endmodule

module cynw_cm_float_mul_ieee_inst_cellmath__51__48__bdw1990826873_bdw (
	inst_cellmath__51__48__out0,
	inst_cellmath__51__48__in0,
	inst_cellmath__51__48__in1
	); /* architecture "behavioural" */ 
output [0:0] inst_cellmath__51__48__out0;
input [0:0] inst_cellmath__51__48__in0;
input [8:8] inst_cellmath__51__48__in1;

assign inst_cellmath__51__48__out0 = 
	(inst_cellmath__51__48__in1)
	|(inst_cellmath__51__48__in0);
endmodule

module cynw_cm_float_mul_ieee_inst_cellmath__51_0_bdw1990826873_bdw (
	inst_cellmath__51_0_out0,
	inst_cellmath__51_0_in0,
	inst_cellmath__51_0_in1
	); /* architecture "behavioural" */ 
output  inst_cellmath__51_0_out0;
input [0:0] inst_cellmath__51_0_in0;
input [9:9] inst_cellmath__51_0_in1;

assign inst_cellmath__51_0_out0 = 
	((~inst_cellmath__51_0_in1))
	&(inst_cellmath__51_0_in0);
endmodule

module cynw_cm_float_mul_ieee_inst_cellmath__28_0_bdw1990826873_bdw (
	inst_cellmath__28_0_out0,
	inst_cellmath__28_0_in0,
	inst_cellmath__28_0_in1
	); /* architecture "behavioural" */ 
output  inst_cellmath__28_0_out0;
input  inst_cellmath__28_0_in0,
	inst_cellmath__28_0_in1;

assign inst_cellmath__28_0_out0 = 
	(inst_cellmath__28_0_in1)
	|(inst_cellmath__28_0_in0);
endmodule

module cynw_cm_float_mul_ieee_inst_cellmath__27_0_bdw1990826873_bdw (
	inst_cellmath__27_0_out0,
	inst_cellmath__27_0_in0,
	inst_cellmath__27_0_in1
	); /* architecture "behavioural" */ 
output  inst_cellmath__27_0_out0;
input  inst_cellmath__27_0_in0,
	inst_cellmath__27_0_in1;

assign inst_cellmath__27_0_out0 = 
	(inst_cellmath__27_0_in1)
	|(inst_cellmath__27_0_in0);
endmodule

module cynw_cm_float_mul_ieee_inst_cellmath__50__50__bdw1990826873_bdw (
	inst_cellmath__50__50__out0,
	inst_cellmath__50__50__in0
	); /* architecture "behavioural" */ 
output [0:0] inst_cellmath__50__50__out0;
input [9:0] inst_cellmath__50__50__in0;

assign inst_cellmath__50__50__out0 = 
	(inst_cellmath__50__50__in0[0])
	|(inst_cellmath__50__50__in0[1])
	|(inst_cellmath__50__50__in0[2])
	|(inst_cellmath__50__50__in0[3])
	|(inst_cellmath__50__50__in0[4])
	|(inst_cellmath__50__50__in0[5])
	|(inst_cellmath__50__50__in0[6])
	|(inst_cellmath__50__50__in0[7])
	|(inst_cellmath__50__50__in0[8])
	|(inst_cellmath__50__50__in0[9]);
endmodule

module cynw_cm_float_mul_ieee_inst_cellmath__49_1_bdw1990826873_bdw (
	inst_cellmath__49_1_out0,
	inst_cellmath__49_1_in0,
	inst_cellmath__49_1_in1,
	inst_cellmath__49_1_in2,
	inst_cellmath__49_1_in3,
	inst_cellmath__49_1_in4,
	inst_cellmath__49_1_in5
	); /* architecture "behavioural" */ 
output  inst_cellmath__49_1_out0;
input  inst_cellmath__49_1_in0;
input [0:0] inst_cellmath__49_1_in1;
input [9:9] inst_cellmath__49_1_in2;
input  inst_cellmath__49_1_in3,
	inst_cellmath__49_1_in4,
	inst_cellmath__49_1_in5;

assign inst_cellmath__49_1_out0 = 
	(inst_cellmath__49_1_in0)
	|(inst_cellmath__49_1_in3)
	|(inst_cellmath__49_1_in5)
	|(inst_cellmath__49_1_in4)
	|(inst_cellmath__49_1_in2)
	|((~inst_cellmath__49_1_in1));
endmodule

module cynw_cm_float_mul_ieee_inst_cellmath__37__43__bdw1990826873_bdw (
	inst_cellmath__37__43__out0,
	inst_cellmath__37__43__in0,
	inst_cellmath__37__43__in1
	); /* architecture "behavioural" */ 
output [0:0] inst_cellmath__37__43__out0;
input  inst_cellmath__37__43__in0,
	inst_cellmath__37__43__in1;

assign inst_cellmath__37__43__out0 = 
	(inst_cellmath__37__43__in1)
	|(inst_cellmath__37__43__in0);
endmodule

module cynw_cm_float_mul_ieee_inst_cellmath__32__11__bdw1990826873_bdw (
	inst_cellmath__32__11__out0,
	inst_cellmath__32__11__in0
	); /* architecture "behavioural" */ 
output [0:0] inst_cellmath__32__11__out0;
input [8:7] inst_cellmath__32__11__in0;

assign inst_cellmath__32__11__out0 = 
	(inst_cellmath__32__11__in0[7])
	|(inst_cellmath__32__11__in0[8]);
endmodule

module cynw_cm_float_mul_ieee_inst_cellmath__32__10__bdw1990826873_bdw (
	inst_cellmath__32__10__out0,
	inst_cellmath__32__10__in0,
	inst_cellmath__32__10__in1
	); /* architecture "behavioural" */ 
output  inst_cellmath__32__10__out0;
input [0:0] inst_cellmath__32__10__in0;
input [9:9] inst_cellmath__32__10__in1;

assign inst_cellmath__32__10__out0 = ~(
	((~inst_cellmath__32__10__in1))
	&(inst_cellmath__32__10__in0));
endmodule

module cynw_cm_float_mul_ieee_inst_cellmath__37__42__bdw1990826873_bdw (
	inst_cellmath__37__42__out0,
	inst_cellmath__37__42__in0,
	inst_cellmath__37__42__in1
	); /* architecture "behavioural" */ 
output [0:0] inst_cellmath__37__42__out0;
input  inst_cellmath__37__42__in0,
	inst_cellmath__37__42__in1;

assign inst_cellmath__37__42__out0 = 
	(inst_cellmath__37__42__in1)
	|(inst_cellmath__37__42__in0);
endmodule

module cynw_cm_float_mul_ieee_inst_cellmath__7_0_bdw1990826873_bdw (
	inst_cellmath__7_0_out0,
	inst_cellmath__7_0_in0
	); /* architecture "behavioural" */ 
output  inst_cellmath__7_0_out0;
input [2:0] inst_cellmath__7_0_in0;

assign inst_cellmath__7_0_out0 = (7'B0000010==(inst_cellmath__7_0_in0 - 7'B0000001));
endmodule

module cynw_cm_float_mul_ieee_inst_cellmath__42_0_bdw1990826873_bdw (
	inst_cellmath__42_0_out0,
	inst_cellmath__42_0_in0,
	inst_cellmath__42_0_in1,
	inst_cellmath__42_0_in2,
	inst_cellmath__42_0_in3
	); /* architecture "behavioural" */ 
output  inst_cellmath__42_0_out0;
input  inst_cellmath__42_0_in0,
	inst_cellmath__42_0_in1,
	inst_cellmath__42_0_in2,
	inst_cellmath__42_0_in3;
wire [1:0] inst_cellmath__5_0;

assign inst_cellmath__5_0 = {inst_cellmath__42_0_in2,inst_cellmath__42_0_in1};

reg [0:0] inst_cellmath__42_0_out0_tmp_0;
assign inst_cellmath__42_0_out0 = inst_cellmath__42_0_out0_tmp_0;
always @ (inst_cellmath__5_0 or inst_cellmath__42_0_in0 or inst_cellmath__42_0_in3) begin
	casez (inst_cellmath__5_0)
		2'B00 : inst_cellmath__42_0_out0_tmp_0 = ~inst_cellmath__42_0_in0 ;
		2'B01 : inst_cellmath__42_0_out0_tmp_0 = inst_cellmath__42_0_in3 ;
		default : inst_cellmath__42_0_out0_tmp_0 = ~inst_cellmath__42_0_in3 ;
	endcase
end
endmodule

module cynw_cm_float_mul_ieee_inst_cellmath__52_0_bdw1990826873_bdw (
	inst_cellmath__52_0_out0,
	inst_cellmath__52_0_in0,
	inst_cellmath__52_0_in1,
	inst_cellmath__52_0_in2,
	inst_cellmath__52_0_in3,
	inst_cellmath__52_0_in4
	); /* architecture "behavioural" */ 
output [7:0] inst_cellmath__52_0_out0;
input  inst_cellmath__52_0_in0;
input [7:0] inst_cellmath__52_0_in1;
input  inst_cellmath__52_0_in2;
input [0:0] inst_cellmath__52_0_in3,
	inst_cellmath__52_0_in4;
wire [2:0] inst_cellmath__49_0;
wire [8:0] inst_cellmath__37__40;

assign inst_cellmath__49_0 = {inst_cellmath__52_0_in0,inst_cellmath__52_0_in3,inst_cellmath__52_0_in4};

assign inst_cellmath__37__40[7:0] = {7'B1111111,inst_cellmath__52_0_in2};

reg [7:0] inst_cellmath__52_0_out0_tmp_0;
assign inst_cellmath__52_0_out0 = inst_cellmath__52_0_out0_tmp_0;
always @ (inst_cellmath__49_0 or inst_cellmath__52_0_in1 or inst_cellmath__37__40[7:0]) begin
	casez (inst_cellmath__49_0)
		3'B0?? : inst_cellmath__52_0_out0_tmp_0 = inst_cellmath__52_0_in1 ;
		3'B100 : inst_cellmath__52_0_out0_tmp_0 = inst_cellmath__37__40[7:0] ;
		3'B11? : inst_cellmath__52_0_out0_tmp_0 = 8'B11111111 ;
		default : inst_cellmath__52_0_out0_tmp_0 = {8{1'b0}} ;
	endcase
end
endmodule

module cynw_cm_float_mul_ieee_inst_cellmath__47_0_bdw1990826873_bdw (
	inst_cellmath__47_0_out0,
	inst_cellmath__47_0_in0,
	inst_cellmath__47_0_in1,
	inst_cellmath__47_0_in2,
	inst_cellmath__47_0_in3,
	inst_cellmath__47_0_in4
	); /* architecture "behavioural" */ 
output  inst_cellmath__47_0_out0;
input  inst_cellmath__47_0_in0,
	inst_cellmath__47_0_in1,
	inst_cellmath__47_0_in2,
	inst_cellmath__47_0_in3,
	inst_cellmath__47_0_in4;

assign inst_cellmath__47_0_out0 = 
	((~inst_cellmath__47_0_in0))
	&((~inst_cellmath__47_0_in1))
	&((~inst_cellmath__47_0_in2))
	&((~inst_cellmath__47_0_in4))
	&((~inst_cellmath__47_0_in3));
endmodule

module cynw_cm_float_mul_ieee_inst_cellmath__53_U_bdw1990826873_bdw (
	inst_cellmath__53_U_out0,
	inst_cellmath__53_U_in0,
	inst_cellmath__53_U_in1,
	inst_cellmath__53_U_in2,
	inst_cellmath__53_U_in3,
	inst_cellmath__53_U_in4,
	inst_cellmath__53_U_in5
	); /* architecture "behavioural" */ 
output [22:22] inst_cellmath__53_U_out0;
input  inst_cellmath__53_U_in0,
	inst_cellmath__53_U_in1;
input [22:22] inst_cellmath__53_U_in2;
input  inst_cellmath__53_U_in3,
	inst_cellmath__53_U_in4;
input [46:46] inst_cellmath__53_U_in5;
wire [2:0] inst_cellmath__49_1_1;

assign inst_cellmath__49_1_1 = {inst_cellmath__53_U_in0,inst_cellmath__53_U_in3,inst_cellmath__53_U_in4};

reg [0:0] inst_cellmath__53_U_out0_tmp_0;
assign inst_cellmath__53_U_out0 = inst_cellmath__53_U_out0_tmp_0;
always @ (inst_cellmath__49_1_1 or inst_cellmath__53_U_in5 or inst_cellmath__53_U_in2 or inst_cellmath__53_U_in1) begin
	casez (inst_cellmath__49_1_1)
		3'B00? : inst_cellmath__53_U_out0_tmp_0 = inst_cellmath__53_U_in5 ;
		3'B01? : inst_cellmath__53_U_out0_tmp_0 = inst_cellmath__53_U_in2 ;
		3'B1?0 : inst_cellmath__53_U_out0_tmp_0 = inst_cellmath__53_U_in1 ;
		default : inst_cellmath__53_U_out0_tmp_0 = 1'B1 ;
	endcase
end
endmodule

module cynw_cm_float_mul_ieee_inst_cellmath__53_M_bdw1990826873_bdw (
	inst_cellmath__53_M_out0,
	inst_cellmath__53_M_in0,
	inst_cellmath__53_M_in1,
	inst_cellmath__53_M_in2,
	inst_cellmath__53_M_in3,
	inst_cellmath__53_M_in4,
	inst_cellmath__53_M_in5,
	inst_cellmath__53_M_in6,
	inst_cellmath__53_M_in7,
	inst_cellmath__53_M_in8,
	inst_cellmath__53_M_in9
	); /* architecture "behavioural" */ 
output [21:0] inst_cellmath__53_M_out0;
input  inst_cellmath__53_M_in0,
	inst_cellmath__53_M_in1;
input [21:0] inst_cellmath__53_M_in2;
input  inst_cellmath__53_M_in3,
	inst_cellmath__53_M_in4;
input [45:24] inst_cellmath__53_M_in5;
input  inst_cellmath__53_M_in6,
	inst_cellmath__53_M_in7;
input [21:0] inst_cellmath__53_M_in8,
	inst_cellmath__53_M_in9;
wire [4:0] inst_cellmath__49_1_0;

assign inst_cellmath__49_1_0 = {inst_cellmath__53_M_in0,inst_cellmath__53_M_in3,inst_cellmath__53_M_in4,inst_cellmath__53_M_in7,inst_cellmath__53_M_in6};

reg [21:0] inst_cellmath__53_M_out0_tmp_0;
assign inst_cellmath__53_M_out0 = inst_cellmath__53_M_out0_tmp_0;
always @ (inst_cellmath__49_1_0 or inst_cellmath__53_M_in5 or inst_cellmath__53_M_in2 or inst_cellmath__53_M_in1 or inst_cellmath__53_M_in8 or inst_cellmath__53_M_in9) begin
	casez (inst_cellmath__49_1_0)
		5'B00??? : inst_cellmath__53_M_out0_tmp_0 = inst_cellmath__53_M_in5 ;
		5'B01??? : inst_cellmath__53_M_out0_tmp_0 = inst_cellmath__53_M_in2 ;
		5'B1?0?? : inst_cellmath__53_M_out0_tmp_0 = {{21{inst_cellmath__53_M_in1}}, inst_cellmath__53_M_in1} ;
		5'B1?101 : inst_cellmath__53_M_out0_tmp_0 = inst_cellmath__53_M_in8 ;
		5'B1?11? : inst_cellmath__53_M_out0_tmp_0 = inst_cellmath__53_M_in9 ;
		default : inst_cellmath__53_M_out0_tmp_0 = {22{1'b0}} ;
	endcase
end
endmodule

/* CADENCE  v7nzTwvfog== : u9/ySgnWtBlWxVPRXgAZ4Og= ** DO NOT EDIT THIS LINE **/